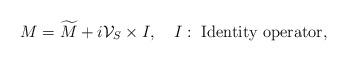
LaTeX: \begin{align*}M=\widetilde{M}+i{\cal V}_S\times I,\quad I:\ \mbox{Identity operator}, \end{align*}